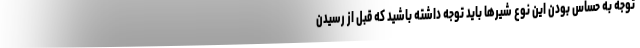
توجه به حساس بودن این نوع شیرها باید توجه داشته باشید که قبل از رسیدن